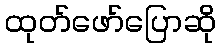
ထုတ်ဖော်ပြောဆို